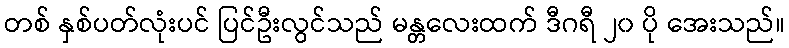
တစ် နှစ်ပတ်လုံးပင် ပြင်ဦးလွင်သည် မန္တလေးထက် ဒီဂရီ ၂၀ ပို အေးသည်။